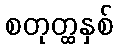
စတုတ္ထနှစ်